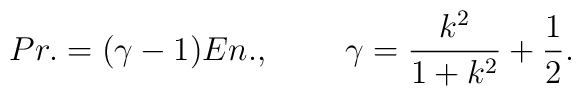
Pr.=(\gamma-1)En.,\;\;\;\;\;\;\;\;\gamma=\frac{k^2}{1+k^2}+\frac{1}{2}.